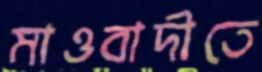
মাওবাদীতে